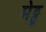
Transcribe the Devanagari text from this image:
मेट्टू